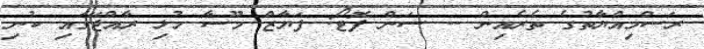
ރަސްމިއްޔާތުގެ ތެރެއިން -- ސަން ފޮޓޯ: ފަޔާޒް މޫސާ މުޅި ރާއްޖޭގައި ކުނި